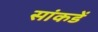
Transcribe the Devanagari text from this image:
सांकडें